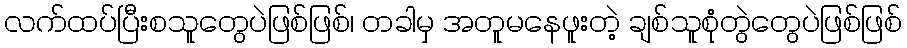
လက်ထပ်ပြီးစသူတွေပဲဖြစ်ဖြစ်၊ တခါမှ အတူမနေဖူးတဲ့ ချစ်သူစုံတွဲတွေပဲဖြစ်ဖြစ်